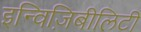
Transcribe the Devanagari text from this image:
इन्विज़िबीलिटी